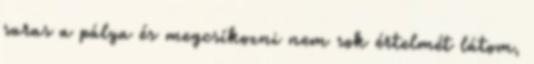
saras a pálya és megcsíkozni nem sok értelmét látom,